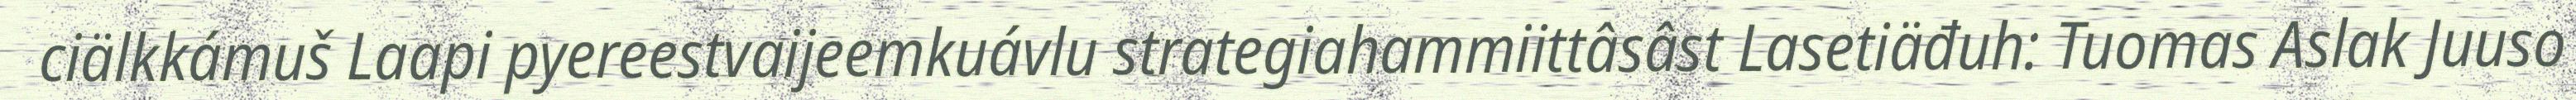
ciälkkámuš Laapi pyereestvaijeemkuávlu strategiahammiittâsâst Lasetiäđuh: Tuomas Aslak Juuso